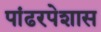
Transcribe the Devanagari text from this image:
पांढरपेशास